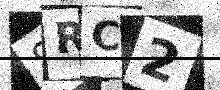
Text: 8RC2